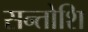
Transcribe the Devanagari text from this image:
सन्तोशि